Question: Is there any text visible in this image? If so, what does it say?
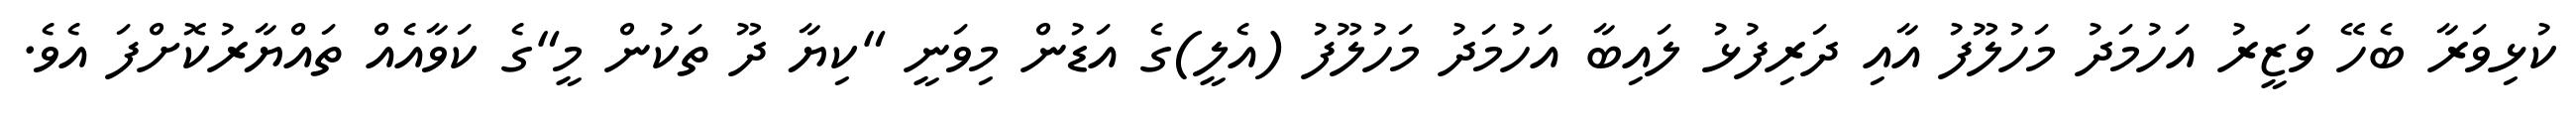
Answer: ކުޅިވަރާ ބެހޭ ވަޒީރު އަހުމަދު މަހުލޫފު އާއި ދަރިފުޅު ލައިބާ އަހުމަދު މަހުލޫފު (އެލީ)ގެ އަޑުން މިވަނީ "ކިޔާ ދޫ ތަކުން މީ"ގެ ކަވާއެއް ތައްޔާރުކޮށްފަ އެވެ.